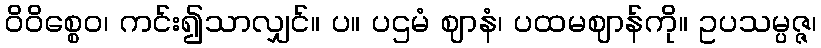
ဝိဝိစ္စေဝ၊ ကင်း၍သာလျှင်။ ပ။ ပဌမံ ဈာနံ၊ ပထမဈာန်ကို။ ဥပသမ္ပဇ္ဇ၊